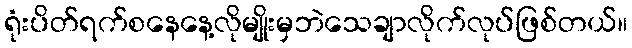
ရုံးပိတ်ရက်စနေနေ့လိုမျိုးမှဘဲသေချာလိုက်လုပ်ဖြစ်တယ်။